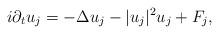
LaTeX: \begin{align*}i\partial_{t}u_{j}=-\Delta u_{j}-|u_{j}|^{2}u_{j}+F_{j},\end{align*}